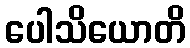
ပေါသိယောတိ